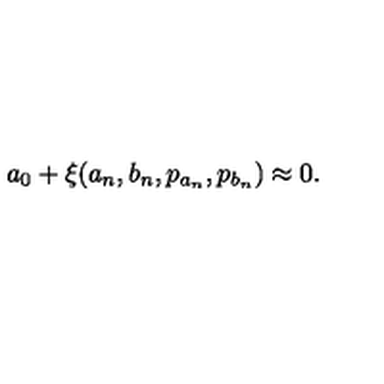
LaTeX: a _ { 0 } + \xi ( a _ { n } , b _ { n } , p _ { a _ { n } } , p _ { b _ { n } } ) \approx 0 .